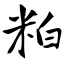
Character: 粕